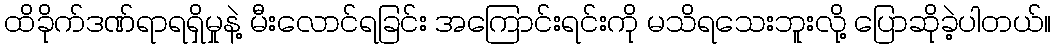
ထိခိုက်ဒဏ်ရာရရှိမှုနဲ့ မီးလောင်ရခြင်း အကြောင်းရင်းကို မသိရသေးဘူးလို့ ပြောဆိုခဲ့ပါတယ်။